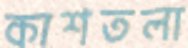
কাশতলা